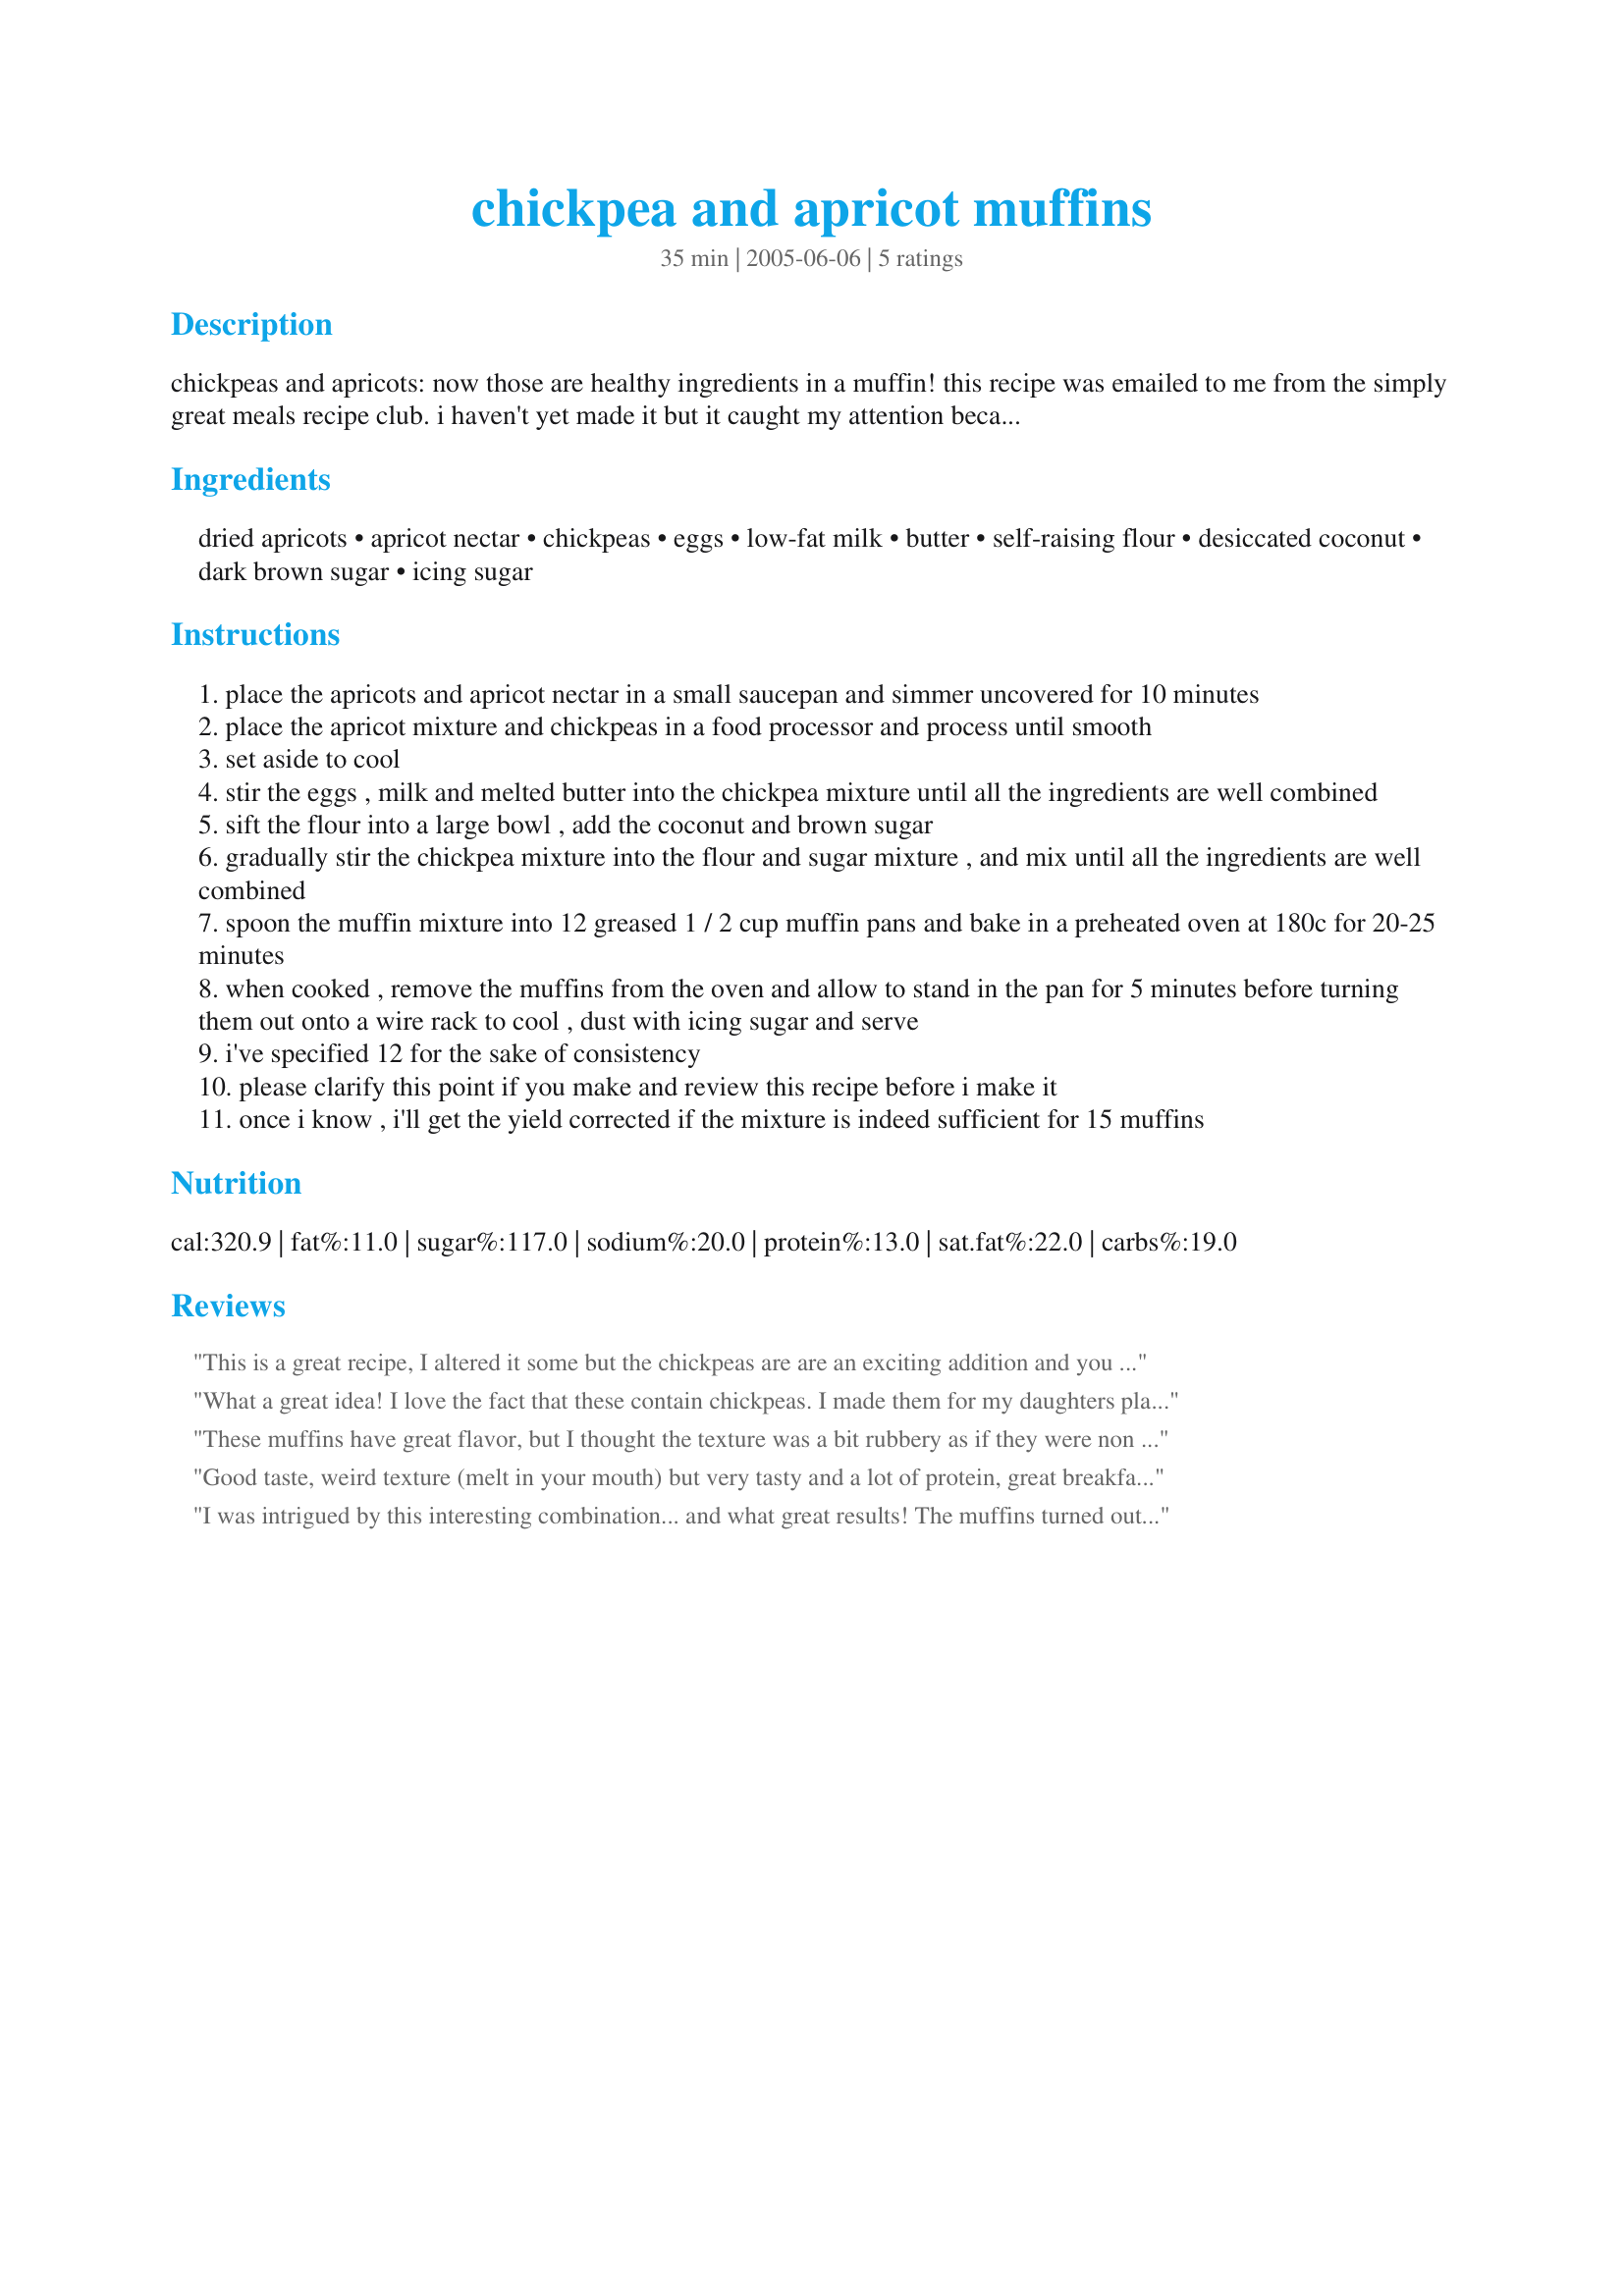
chickpea and apricot muffins
Preparation time: 35 minutes

chickpeas and apricots: now those are healthy ingredients in a muffin! this recipe was emailed to me from the simply great meals recipe club. i haven't yet made it but it caught my attention because i was impressed by the healthy ingredients, particularly the inclusion of chickpeas and from a search on zaar i couldn't find any muffin recipes containing chickpeas.

Ingredients:
dried apricots, apricot nectar, chickpeas, eggs, low-fat milk, butter, self-raising flour, desiccated coconut, dark brown sugar, icing sugar

Steps:
place the apricots and apricot nectar in a small saucepan and simmer uncovered for 10 minutes
place the apricot mixture and chickpeas in a food processor and process until smooth
set aside to cool
stir the eggs , milk and melted butter into the chickpea mixture until all the ingredients are well combined
sift the flour into a large bowl , add the coconut and brown sugar
gradually stir the chickpea mixture into the flour and sugar mixture , and mix until all the ingredients are well combined
spoon the muffin mixture into 12 greased 1 / 2 cup muffin pans and bake in a preheated oven at 180c for 20-25 minutes
when cooked , remove the muffins from the oven and allow to stand in the pan for 5 minutes before turning them out onto a wire rack to cool , dust with icing sugar and serve
i've specified 12 for the sake of consistency
please clarify this point if you make and review this recipe before i make it
once i know , i'll get the yield corrected if the mixture is indeed sufficient for 15 muffins

Reviews:
This is a great recipe, I altered it some but the chickpeas are are an exciting addition and you can't taste them. I replaced the apricots with raisins and I didn't use coconut because my kids don't like it but I did replace some of the butter with coconut milk. I also added chocolate chips. I used whole wheat and whole oat flour. I didn't seem to need as much milk as the recipe called for either. Maybe my raisins didn't soak up as much nectar. Thanks for posting, I plan on making this every week now for snacks for my kids. For variety I want to try different juices and dried fruits as substitutions. 

What a great idea! I love the fact that these contain chickpeas. I made them for my daughters playgroup and all the kids ate them up no problems, lovely flavour in these!
These muffins have great flavor, but I thought the texture was a bit rubbery as if they were non fat. I didn't have self raising flour though and used a sub recipe - maybe that wasn't adaquate. They do have good flavor though. Thanks
Good taste, weird texture (melt in your mouth) but very tasty and a lot of protein, great breakfast for a vegetarian, specially if made with whole wheat flour.
I was intrigued by this interesting combination... and what great results! The muffins turned out quite light (both in colour and consistency) and with a delicate apricot and coconut flavour, and I must say I couldn't really taste any chickpeas in there. If you prefer a darker, heavier type of muffin I recommend you use some whole wheat flour as per the tip in step 9. As for yield, I got 18 using a half-cup pan, although some were a bit small, so I guess in reality you could aim for 15. Thanks for sharing this tasty recipe bluemoon!
